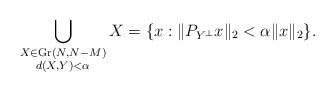
LaTeX: \begin{align*}\bigcup_{\substack{X\in\operatorname{Gr}(N,N-M)\\d(X,Y)<\alpha}}X=\{x:\|P_{Y^\perp}x\|_2<\alpha\|x\|_2\}.\end{align*}